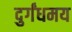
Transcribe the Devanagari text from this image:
दुर्गंधमय